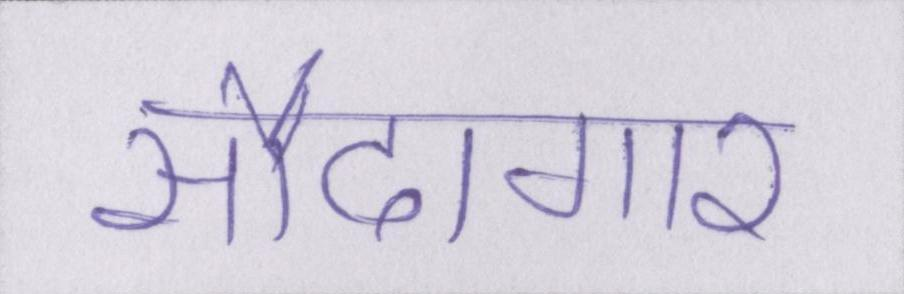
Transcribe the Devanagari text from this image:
सौदागार